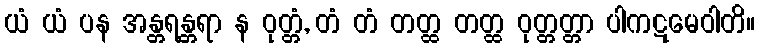
ယံ ယံ ပန အန္တရန္တရာ န ဝုတ္တံ, တံ တံ တတ္ထ တတ္ထ ဝုတ္တတ္တာ ပါကဋမေဝါတိ။